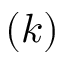
( k )